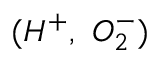
( H ^ { + } , ~ O _ { 2 } ^ { - } )